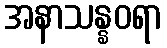
အနာသန္နဝရာ